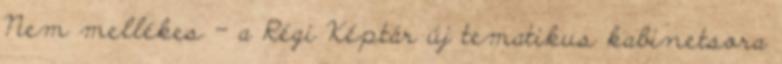
Nem mellékes – a Régi Képtár új tematikus kabinetsora